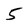
Character: 5